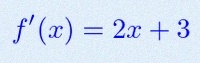
f'(x)=2x+3